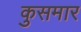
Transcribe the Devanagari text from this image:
कुसमार